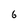
Character: 6